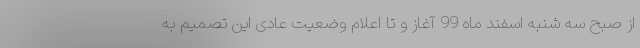
از صبح سه شنبه اسفند ماه 99 آغاز و تا اعلام وضعیت عادی این تصمیم به